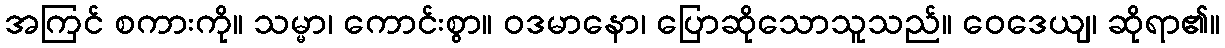
အကြင် စကားကို။ သမ္မာ၊ ကောင်းစွာ။ ဝဒမာနော၊ ပြောဆိုသောသူသည်။ ဝေဒေယျ၊ ဆိုရာ၏။